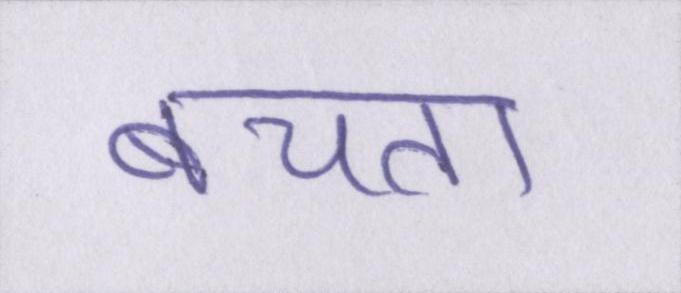
बचता